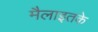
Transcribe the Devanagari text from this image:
मैलाइतके